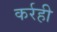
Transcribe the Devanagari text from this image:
कर्रही